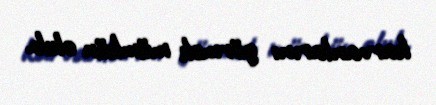
karvanlarını görmək mümkün olub.